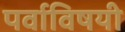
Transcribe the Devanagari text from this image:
पर्वाविषयी